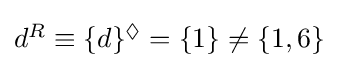
{\textstyle d^{R}\equiv \lbrace d\rbrace ^{\Diamond }=\lbrace 1\rbrace \neq \lbrace 1,6\rbrace }